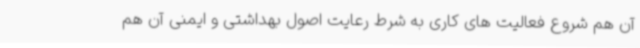
آن هم شروع فعالیت های کاری به شرط رعایت اصول بهداشتی و ایمنی آن هم